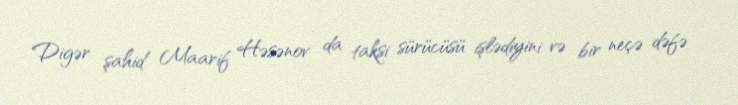
Digər şahid Maarif Həsənov da taksi sürücüsü işlədiyini və bir neçə dəfə